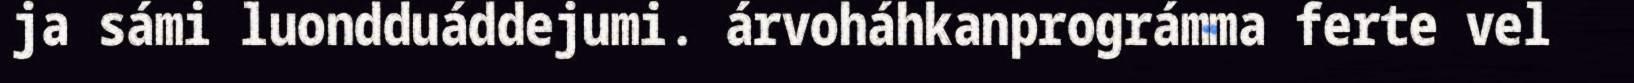
ja sámi luondduáddejumi. árvoháhkanprográmma ferte vel